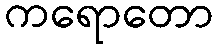
ကရောတော